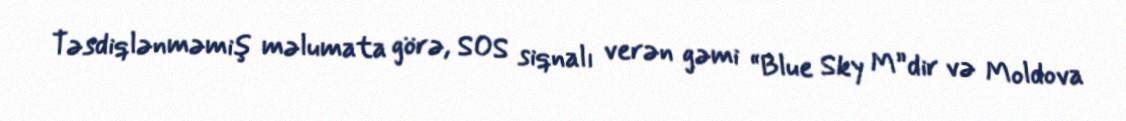
Təsdiqlənməmiş məlumata görə, SOS siqnalı verən gəmi “Blue Sky M”dir və Moldova